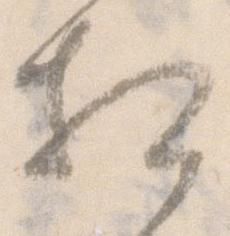
相